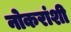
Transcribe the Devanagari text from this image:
नोकरांशी